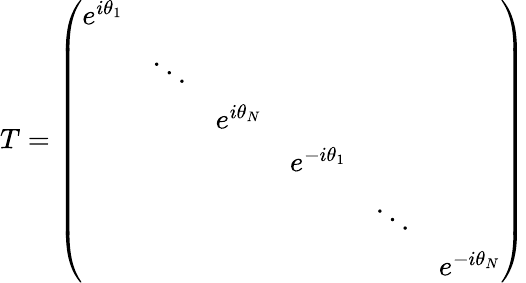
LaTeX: T=\left(\begin{array}{cccccc}{{e^{i\theta_{1}}}}&{{}}&{{}}&{{}}&{{}}&{{}}\\ {{}}&{{\ddots}}&{{}}&{{}}&{{}}&{{}}\\ {{}}&{{}}&{{e^{i\theta_{N}}}}&{{}}&{{}}&{{}}\\ {{}}&{{}}&{{}}&{{e^{-i\theta_{1}}}}&{{}}&{{}}\\ {{}}&{{}}&{{}}&{{}}&{{\ddots}}&{{}}\\ {{}}&{{}}&{{}}&{{}}&{{}}&{{e^{-i\theta_{N}}}}\end{array}\right)